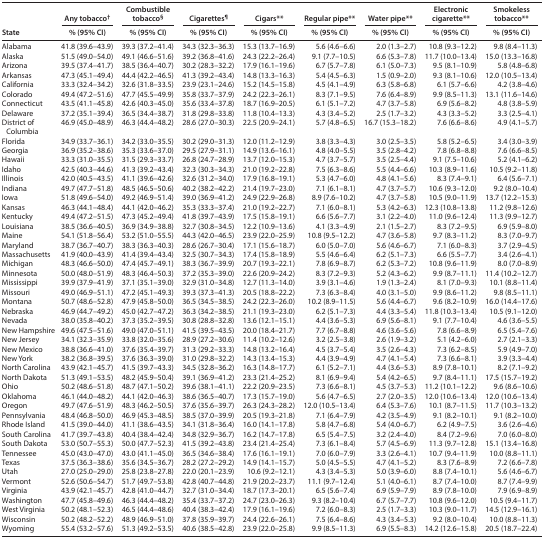
<table><thead><tr><td rowspan="2"><b>State</b></td><td><b>Any tobacco<sup>†</sup></b></td><td><b>Combustible tobacco<sup>§</sup></b></td><td><b>Cigarettes<sup>¶</sup></b></td><td><b>Cigars**</b></td><td><b>Regular pipe**</b></td><td><b>Water pipe**</b></td><td><b>Electronic cigarette**</b></td><td><b>Smokeless tobacco**</b></td></tr><tr><td><b>% (95% CI)</b></td><td><b>% (95% CI)</b></td><td><b>% (95% CI)</b></td><td><b>% (95% CI)</b></td><td><b>% (95% CI)</b></td><td><b>% (95% CI)</b></td><td><b>% (95% CI)</b></td><td><b>% (95% CI)</b></td></tr></thead><tbody><tr><td>Alabama</td><td>41.8 (39.6–43.9)</td><td>39.3 (37.2–41.4)</td><td>34.3 (32.3–36.3)</td><td>15.3 (13.7–16.9)</td><td>5.6 (4.6–6.6)</td><td>2.0 (1.3–2.7)</td><td>10.8 (9.3–12.2)</td><td>9.8 (8.4–11.3)</td></tr><tr><td>Alaska</td><td>51.5 (49.0–54.0)</td><td>49.1 (46.6–51.6)</td><td>39.2 (36.8–41.6)</td><td>24.3 (22.2–26.4)</td><td>9.1 (7.7–10.5)</td><td>6.6 (5.3–7.8)</td><td>11.7 (10.0–13.4)</td><td>15.0 (13.3–16.8)</td></tr><tr><td>Arizona</td><td>39.5 (37.4–41.7)</td><td>38.5 (36.4–40.7)</td><td>30.2 (28.3–32.2)</td><td>17.9 (16.1–19.6)</td><td>6.7 (5.7–7.8)</td><td>6.1 (5.0–7.3)</td><td>9.5 (8.1–10.9)</td><td>5.8 (4.8–6.8)</td></tr><tr><td>Arkansas</td><td>47.3 (45.1–49.4)</td><td>44.4 (42.2–46.5)</td><td>41.3 (39.2–43.4)</td><td>14.8 (13.3–16.3)</td><td>5.4 (4.5–6.3)</td><td>1.5 (0.9–2.0)</td><td>9.3 (8.1–10.6)</td><td>12.0 (10.5–13.4)</td></tr><tr><td>California</td><td>33.3 (32.4–34.2)</td><td>32.6 (31.8–33.5)</td><td>23.9 (23.1–24.6)</td><td>15.2 (14.5–15.8)</td><td>4.5 (4.1–4.9)</td><td>6.3 (5.8–6.8)</td><td>6.1 (5.7–6.6)</td><td>4.2 (3.8–4.6)</td></tr><tr><td>Colorado</td><td>49.4 (47.2–51.6)</td><td>47.7 (45.5–49.9)</td><td>35.8 (33.7–37.9)</td><td>24.2 (22.3–26.1)</td><td>8.3 (7.1–9.5)</td><td>7.6 (6.4–8.9)</td><td>9.9 (8.5–11.3)</td><td>13.1 (11.6–14.6)</td></tr><tr><td>Connecticut</td><td>43.5 (41.1–45.8)</td><td>42.6 (40.3–45.0)</td><td>35.6 (33.4–37.8)</td><td>18.7 (16.9–20.5)</td><td>6.1 (5.1–7.2)</td><td>4.7 (3.7–5.8)</td><td>6.9 (5.6–8.2)</td><td>4.8 (3.8–5.9)</td></tr><tr><td>Delaware</td><td>37.2 (35.1–39.4)</td><td>36.5 (34.4–38.7)</td><td>31.8 (29.8–33.8)</td><td>11.8 (10.4–13.3)</td><td>4.3 (3.4–5.2)</td><td>2.5 (1.7–3.2)</td><td>4.3 (3.3–5.2)</td><td>3.3 (2.5–4.1)</td></tr><tr><td>District of Columbia</td><td>46.9 (45.0–48.9)</td><td>46.3 (44.4–48.2)</td><td>28.6 (27.0–30.3)</td><td>22.5 (20.9–24.1)</td><td>5.7 (4.8–6.5)</td><td>16.7 (15.3–18.2)</td><td>7.6 (6.6–8.6)</td><td>4.9 (4.1–5.7)</td></tr><tr><td>Florida</td><td>34.9 (33.7–36.1)</td><td>34.2 (33.0–35.5)</td><td>30.2 (29.0–31.3)</td><td>12.0 (11.2–12.9)</td><td>3.8 (3.3–4.3)</td><td>3.0 (2.5–3.5)</td><td>5.8 (5.2–6.5)</td><td>3.4 (3.0–3.9)</td></tr><tr><td>Georgia</td><td>36.9 (35.2–38.6)</td><td>35.3 (33.6–37.0)</td><td>29.5 (27.9–31.1)</td><td>14.9 (13.6–16.1)</td><td>4.8 (4.0–5.5)</td><td>3.5 (2.8–4.2)</td><td>7.8 (6.8–8.8)</td><td>7.6 (6.6–8.5)</td></tr><tr><td>Hawaii</td><td>33.3 (31.0–35.5)</td><td>31.5 (29.3–33.7)</td><td>26.8 (24.7–28.9)</td><td>13.7 (12.0–15.3)</td><td>4.7 (3.7–5.7)</td><td>3.5 (2.5–4.4)</td><td>9.1 (7.5–10.6)</td><td>5.2 (4.1–6.2)</td></tr><tr><td>Idaho</td><td>42.5 (40.3–44.6)</td><td>41.3 (39.2–43.4)</td><td>32.3 (30.3–34.3)</td><td>21.0 (19.2–22.8)</td><td>7.5 (6.3–8.6)</td><td>5.5 (4.4–6.6)</td><td>10.3 (8.9–11.6)</td><td>10.5 (9.2–11.8)</td></tr><tr><td>Illinois</td><td>42.0 (40.5–43.5)</td><td>41.1 (39.6–42.6)</td><td>32.6 (31.2–34.0)</td><td>17.9 (16.8–19.1)</td><td>5.3 (4.7–6.0)</td><td>4.8 (4.1–5.6)</td><td>8.3 (7.4–9.1)</td><td>6.4 (5.6–7.1)</td></tr><tr><td>Indiana</td><td>49.7 (47.7–51.8)</td><td>48.5 (46.5–50.6)</td><td>40.2 (38.2–42.2)</td><td>21.4 (19.7–23.0)</td><td>7.1 (6.1–8.1)</td><td>4.7 (3.7–5.7)</td><td>10.6 (9.3–12.0)</td><td>9.2 (8.0–10.4)</td></tr><tr><td>Iowa</td><td>51.8 (49.6–54.0)</td><td>49.2 (46.9–51.4)</td><td>39.0 (36.9–41.2)</td><td>24.9 (22.9–26.8)</td><td>8.9 (7.6–10.2)</td><td>4.7 (3.7–5.8)</td><td>10.5 (9.0–11.9)</td><td>13.7 (12.2–15.3)</td></tr><tr><td>Kansas</td><td>46.3 (44.1–48.4)</td><td>44.1 (42.0–46.2)</td><td>35.3 (33.3–37.4)</td><td>21.0 (19.2–22.7)</td><td>7.1 (6.0–8.1)</td><td>5.3 (4.2–6.3)</td><td>12.3 (10.8–13.8)</td><td>11.2 (9.8–12.6)</td></tr><tr><td>Kentucky</td><td>49.4 (47.2–51.5)</td><td>47.3 (45.2–49.4)</td><td>41.8 (39.7–43.9)</td><td>17.5 (15.8–19.1)</td><td>6.6 (5.6–7.7)</td><td>3.1 (2.2–4.0)</td><td>11.0 (9.6–12.4)</td><td>11.3 (9.9–12.7)</td></tr><tr><td>Louisiana</td><td>38.5 (36.6–40.5)</td><td>36.9 (34.9–38.8)</td><td>32.7 (30.8–34.5)</td><td>12.2 (10.9–13.6)</td><td>4.1 (3.3–4.9)</td><td>2.1 (1.5–2.7)</td><td>8.3 (7.2–9.5)</td><td>6.9 (5.9–8.0)</td></tr><tr><td>Maine</td><td>54.1 (51.8–56.4)</td><td>53.2 (51.0–55.5)</td><td>44.3 (42.0–46.5)</td><td>23.9 (22.0–25.9)</td><td>10.8 (9.5–12.2)</td><td>4.7 (3.6–5.8)</td><td>9.7 (8.3–11.2)</td><td>8.3 (7.0–9.7)</td></tr><tr><td>Maryland</td><td>38.7 (36.7–40.7)</td><td>38.3 (36.3–40.3)</td><td>28.6 (26.7–30.4)</td><td>17.1 (15.6–18.7)</td><td>6.0 (5.0–7.0)</td><td>5.6 (4.6–6.7)</td><td>7.1 (6.0–8.3)</td><td>3.7 (2.9–4.5)</td></tr><tr><td>Massachusetts</td><td>41.9 (40.0–43.9)</td><td>41.4 (39.4–43.4)</td><td>32.5 (30.7–34.3)</td><td>17.4 (15.8–18.9)</td><td>5.5 (4.6–6.4)</td><td>6.2 (5.1–7.3)</td><td>6.6 (5.5–7.7)</td><td>3.4 (2.6–4.1)</td></tr><tr><td>Michigan</td><td>48.3 (46.6–50.0)</td><td>47.4 (45.7–49.1)</td><td>38.3 (36.7–39.9)</td><td>20.7 (19.3–22.1)</td><td>7.8 (6.9–8.7)</td><td>6.2 (5.3–7.2)</td><td>10.8 (9.6–11.9)</td><td>8.0 (7.0–8.9)</td></tr><tr><td>Minnesota</td><td>50.0 (48.0–51.9)</td><td>48.3 (46.4–50.3)</td><td>37.2 (35.3–39.0)</td><td>22.6 (20.9–24.2)</td><td>8.3 (7.2–9.3)</td><td>5.2 (4.3–6.2)</td><td>9.9 (8.7–11.1)</td><td>11.4 (10.2–12.7)</td></tr><tr><td>Mississippi</td><td>39.9 (37.9–41.9)</td><td>37.1 (35.1–39.0)</td><td>32.9 (31.0–34.8)</td><td>12.7 (11.3–14.0)</td><td>3.9 (3.1–4.6)</td><td>1.9 (1.3–2.4)</td><td>8.1 (7.0–9.3)</td><td>10.1 (8.8–11.4)</td></tr><tr><td>Missouri</td><td>49.0 (46.9–51.1)</td><td>47.2 (45.1–49.3)</td><td>39.3 (37.3–41.3)</td><td>20.5 (18.8–22.2)</td><td>7.3 (6.3–8.4)</td><td>4.0 (3.1–5.0)</td><td>9.9 (8.6–11.2)</td><td>9.8 (8.5–11.1)</td></tr><tr><td>Montana</td><td>50.7 (48.6–52.8)</td><td>47.9 (45.8–50.0)</td><td>36.5 (34.5–38.5)</td><td>24.2 (22.3–26.0)</td><td>10.2 (8.9–11.5)</td><td>5.6 (4.4–6.7)</td><td>9.6 (8.2–10.9)</td><td>16.0 (14.4–17.6)</td></tr><tr><td>Nebraska</td><td>46.9 (44.7–49.2)</td><td>45.0 (42.7–47.2)</td><td>36.3 (34.2–38.5)</td><td>21.1 (19.3–23.0)</td><td>6.2 (5.1–7.3)</td><td>4.4 (3.3–5.4)</td><td>11.8 (10.3–13.4)</td><td>10.5 (9.1–12.0)</td></tr><tr><td>Nevada</td><td>38.0 (35.8–40.2)</td><td>37.3 (35.2–39.5)</td><td>30.8 (28.8–32.8)</td><td>13.6 (12.1–15.1)</td><td>4.4 (3.6–5.3)</td><td>6.9 (5.6–8.1)</td><td>9.1 (7.7–10.4)</td><td>4.6 (3.6–5.5)</td></tr><tr><td>New Hampshire</td><td>49.6 (47.5–51.6)</td><td>49.0 (47.0–51.1)</td><td>41.5 (39.5–43.5)</td><td>20.0 (18.4–21.7)</td><td>7.7 (6.7–8.8)</td><td>4.6 (3.6–5.6)</td><td>7.8 (6.6–8.9)</td><td>6.5 (5.4–7.6)</td></tr><tr><td>New Jersey</td><td>34.1 (32.3–35.9)</td><td>33.8 (32.0–35.6)</td><td>28.9 (27.2–30.6)</td><td>11.4 (10.2–12.6)</td><td>3.2 (2.5–3.8)</td><td>2.6 (1.9–3.2)</td><td>5.1 (4.2–6.0)</td><td>2.7 (2.1–3.3)</td></tr><tr><td>New Mexico</td><td>38.8 (36.6–41.0)</td><td>37.6 (35.4–39.7)</td><td>31.3 (29.2–33.3)</td><td>14.8 (13.2–16.4)</td><td>4.5 (3.7–5.4)</td><td>3.5 (2.6–4.3)</td><td>7.3 (6.2–8.5)</td><td>5.9 (4.9–7.0)</td></tr><tr><td>New York</td><td>38.2 (36.8–39.5)</td><td>37.6 (36.3–39.0)</td><td>31.0 (29.8–32.2)</td><td>14.3 (13.4–15.3)</td><td>4.4 (3.9–4.9)</td><td>4.7 (4.1–5.4)</td><td>7.3 (6.6–8.1)</td><td>3.9 (3.3–4.4)</td></tr><tr><td>North Carolina</td><td>43.9 (42.1–45.7)</td><td>41.5 (39.7–43.3)</td><td>34.5 (32.8–36.2)</td><td>16.3 (14.8–17.7)</td><td>6.1 (5.2–7.1)</td><td>4.4 (3.6–5.3)</td><td>8.9 (7.8–10.1)</td><td>8.2 (7.1–9.2)</td></tr><tr><td>North Dakota</td><td>51.3 (49.1–53.5)</td><td>48.2 (45.9–50.4)</td><td>39.1 (36.9–41.2)</td><td>23.3 (21.4–25.2)</td><td>8.1 (6.9–9.4)</td><td>5.4 (4.2–6.5)</td><td>9.7 (8.4–11.1)</td><td>17.5 (15.7–19.2)</td></tr><tr><td>Ohio</td><td>50.2 (48.6–51.8)</td><td>48.7 (47.1–50.2)</td><td>39.6 (38.1–41.1)</td><td>22.2 (20.9–23.5)</td><td>7.3 (6.6–8.1)</td><td>4.5 (3.7–5.3)</td><td>11.2 (10.1–12.2)</td><td>9.6 (8.6–10.6)</td></tr><tr><td>Oklahoma</td><td>46.1 (44.0–48.2)</td><td>44.1 (42.0–46.3)</td><td>38.6 (36.5–40.7)</td><td>17.3 (15.7–19.0)</td><td>5.6 (4.7–6.5)</td><td>2.7 (2.0–3.5)</td><td>12.0 (10.6–13.4)</td><td>12.0 (10.6–13.4)</td></tr><tr><td>Oregon</td><td>49.7 (47.6–51.9)</td><td>48.3 (46.2–50.5)</td><td>37.6 (35.6–39.7)</td><td>26.3 (24.3–28.2)</td><td>12.0 (10.5–13.4)</td><td>6.4 (5.3–7.6)</td><td>10.1 (8.7–11.5)</td><td>11.7 (10.3–13.2)</td></tr><tr><td>Pennsylvania</td><td>48.4 (46.8–50.0)</td><td>46.9 (45.3–48.5)</td><td>38.5 (37.0–39.9)</td><td>20.5 (19.3–21.8)</td><td>7.1 (6.4–7.9)</td><td>4.2 (3.5–4.9)</td><td>9.1 (8.2–10.1)</td><td>9.1 (8.2–10.0)</td></tr><tr><td>Rhode Island</td><td>41.5 (39.0–44.0)</td><td>41.1 (38.6–43.5)</td><td>34.1 (31.8–36.4)</td><td>16.0 (14.1–17.8)</td><td>5.8 (4.7–6.8)</td><td>5.4 (4.0–6.7)</td><td>6.2 (4.9–7.5)</td><td>3.6 (2.6–4.6)</td></tr><tr><td>South Carolina</td><td>41.7 (39.7–43.8)</td><td>40.4 (38.4–42.4)</td><td>34.8 (32.9–36.7)</td><td>16.2 (14.7–17.8)</td><td>6.5 (5.4–7.5)</td><td>3.2 (2.4–4.0)</td><td>8.4 (7.2–9.6)</td><td>7.0 (6.0–8.0)</td></tr><tr><td>South Dakota</td><td>53.0 (50.7–55.3)</td><td>50.0 (47.7–52.3)</td><td>41.5 (39.2–43.8)</td><td>23.4 (21.4–25.4)</td><td>7.3 (6.1–8.4)</td><td>5.7 (4.5–6.9)</td><td>11.3 (9.7–12.8)</td><td>15.1 (13.4–16.8)</td></tr><tr><td>Tennessee</td><td>45.0 (43.0–47.0)</td><td>43.0 (41.1–45.0)</td><td>36.5 (34.6–38.4)</td><td>17.6 (16.1–19.1)</td><td>7.0 (6.0–7.9)</td><td>3.3 (2.6–4.1)</td><td>10.7 (9.4–11.9)</td><td>10.0 (8.8–11.1)</td></tr><tr><td>Texas</td><td>37.5 (36.3–38.6)</td><td>35.6 (34.5–36.7)</td><td>28.2 (27.2–29.2)</td><td>14.9 (14.1–15.7)</td><td>5.0 (4.5–5.5)</td><td>4.7 (4.1–5.2)</td><td>8.3 (7.6–8.9)</td><td>7.2 (6.6–7.8)</td></tr><tr><td>Utah</td><td>27.0 (25.0–29.0)</td><td>25.8 (23.8–27.8)</td><td>22.0 (20.1–23.9)</td><td>10.6 (9.2–12.1)</td><td>4.3 (3.4–5.3)</td><td>5.0 (3.9–6.0)</td><td>8.8 (7.4–10.1)</td><td>5.6 (4.6–6.7)</td></tr><tr><td>Vermont</td><td>52.6 (50.6–54.7)</td><td>51.7 (49.7–53.8)</td><td>42.8 (40.7–44.8)</td><td>21.9 (20.2–23.7)</td><td>11.1 (9.7–12.4)</td><td>5.1 (4.0–6.1)</td><td>8.7 (7.4–10.0)</td><td>8.7 (7.4–9.9)</td></tr><tr><td>Virginia</td><td>43.9 (42.1–45.7)</td><td>42.8 (41.0–44.7)</td><td>32.7 (31.0–34.4)</td><td>18.7 (17.3–20.1)</td><td>6.5 (5.6–7.4)</td><td>6.9 (5.9–7.9)</td><td>8.9 (7.8–10.0)</td><td>7.9 (6.9–8.9)</td></tr><tr><td>Washington</td><td>47.7 (45.8–49.6)</td><td>46.3 (44.4–48.2)</td><td>35.4 (33.7–37.2)</td><td>24.7 (23.0–26.3)</td><td>9.3 (8.2–10.4)</td><td>6.7 (5.7–7.7)</td><td>10.8 (9.6–12.0)</td><td>10.5 (9.4–11.7)</td></tr><tr><td>West Virginia</td><td>50.2 (48.1–52.3)</td><td>46.5 (44.4–48.6)</td><td>40.4 (38.3–42.4)</td><td>17.9 (16.1–19.6)</td><td>7.2 (6.0–8.3)</td><td>2.5 (1.7–3.3)</td><td>10.3 (9.0–11.7)</td><td>14.5 (12.9–16.1)</td></tr><tr><td>Wisconsin</td><td>50.2 (48.2–52.2)</td><td>48.9 (46.9–51.0)</td><td>37.8 (35.9–39.7)</td><td>24.4 (22.6–26.1)</td><td>7.5 (6.4–8.6)</td><td>4.3 (3.4–5.3)</td><td>9.2 (8.0–10.4)</td><td>10.0 (8.8–11.3)</td></tr><tr><td>Wyoming</td><td>55.4 (53.2–57.6)</td><td>51.3 (49.2–53.5)</td><td>40.6 (38.5–42.8)</td><td>23.9 (22.0–25.8)</td><td>9.9 (8.5–11.3)</td><td>6.9 (5.5–8.3)</td><td>14.2 (12.6–15.8)</td><td>20.5 (18.7–22.4)</td></tr></tbody></table>